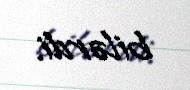
bilərdi.